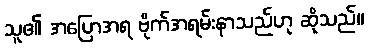
သူ၏ အပြောအရ ဗိုက်အရမ်းနာသည်ဟု ဆိုသည်။